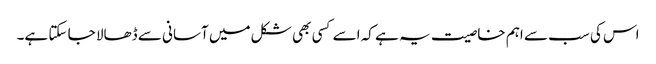
اس کی سب سے اہم خاصیت یہ ہے کہ اسے کسی بھی شکل میں آسانی سے ڈھالا جا سکتا ہے۔